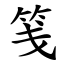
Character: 笺